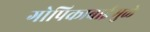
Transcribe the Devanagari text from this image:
गोपिकाबाईंमुळे